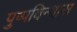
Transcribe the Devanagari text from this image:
पुष्पविन्यास